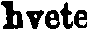
hvete